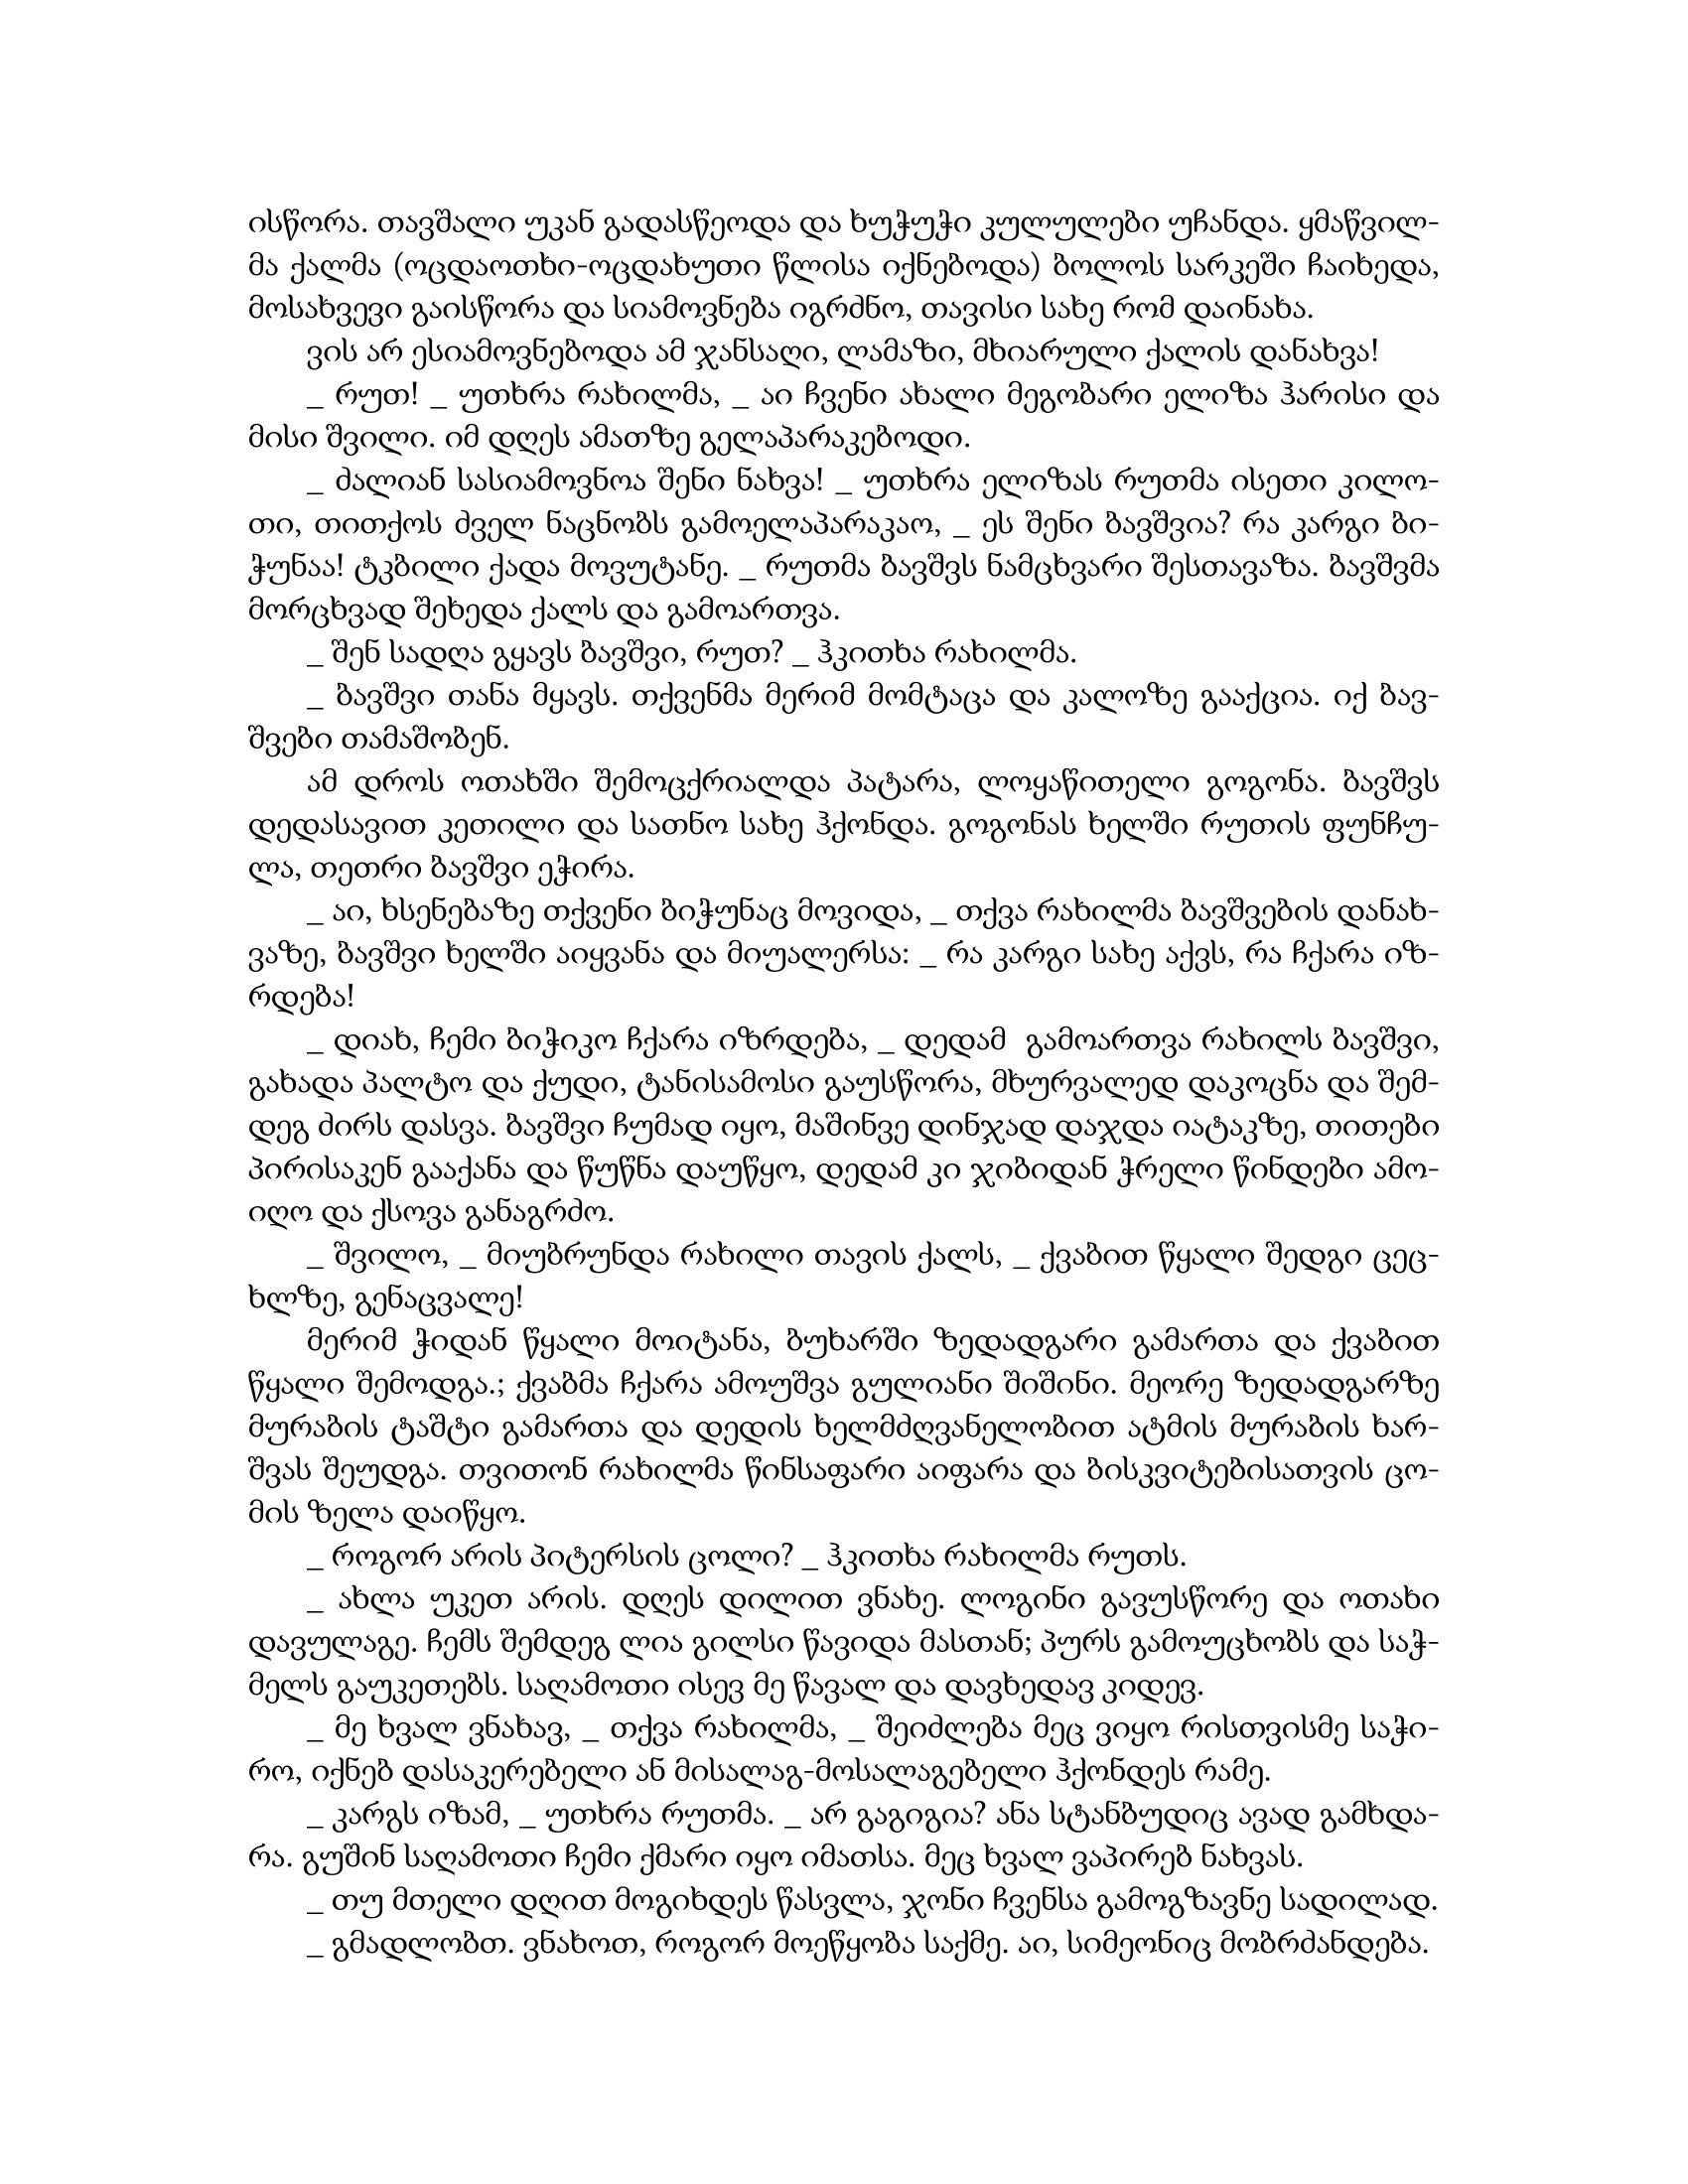
Language: gr